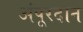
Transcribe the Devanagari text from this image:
अंपूरदान